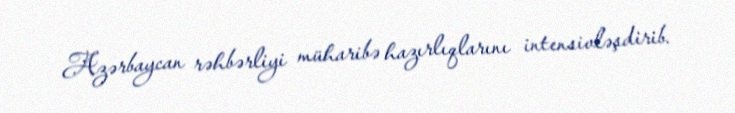
Azərbaycan rəhbərliyi müharibə hazırlıqlarını intensivləşdirib.